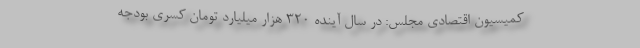
کمیسیون اقتصادی مجلس: در سال آینده ۳۲۰ هزار میلیارد تومان کسری بودجه